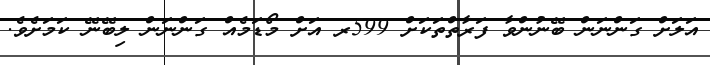
އަލަށް ގަންނަން ބޭނުންވާ ފަރާތްތަކަށް 599ރ އަށް މޯޑަމެއް ގަންނަން ލިބޭނޭ ކަމަށެވެ.